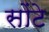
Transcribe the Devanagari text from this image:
सोंटे